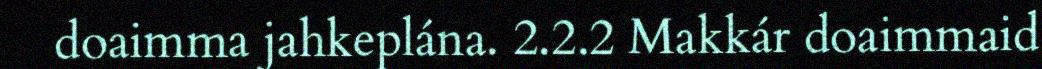
doaimma jahkeplána. 2.2.2 Makkár doaimmaid